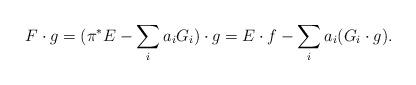
LaTeX: \begin{align*}F \cdot g = (\pi^\ast E - \sum_i a_i G_i) \cdot g = E \cdot f - \sum_i a_i (G_i \cdot g).\end{align*}